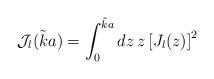
LaTeX: \begin{align*}{\mathcal J_{l}} ( \tilde{k} a ) = \int_{0}^{ \tilde{k} a } d z \, z \left[ J_{l} (z) \right]^{2} \; \end{align*}